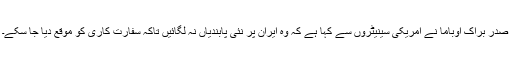
صدر براک اوباما نے امریکی سینیٹروں سے کہا ہے کہ وہ ایران پر نئی پابندیاں نہ لگائیں تاکہ سفارت کاری کو موقع دیا جا سکے۔